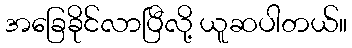
အခြေခိုင်လာပြီလို့ ယူဆပါတယ်။